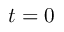
t = 0